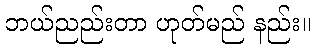
ဘယ်ညည်းတာ ဟုတ်မည် နည်း။